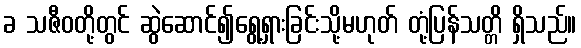
ခ သဇီဝတို့တွင် ဆွဲဆောင်၍ရွေ့ရှားခြင်းသို့မဟုတ် တုံ့ပြန်သတ္တိ ရှိသည်။